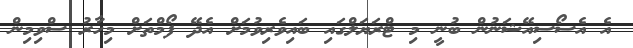
އެ އެސޯސިއޭޝަނުން ބުނީ މި ޓްރަޔަލްގައި ބައިވެރިވުމަށް އެދޭ ފޯމްތަށް މިހާރު ސްވިމިން